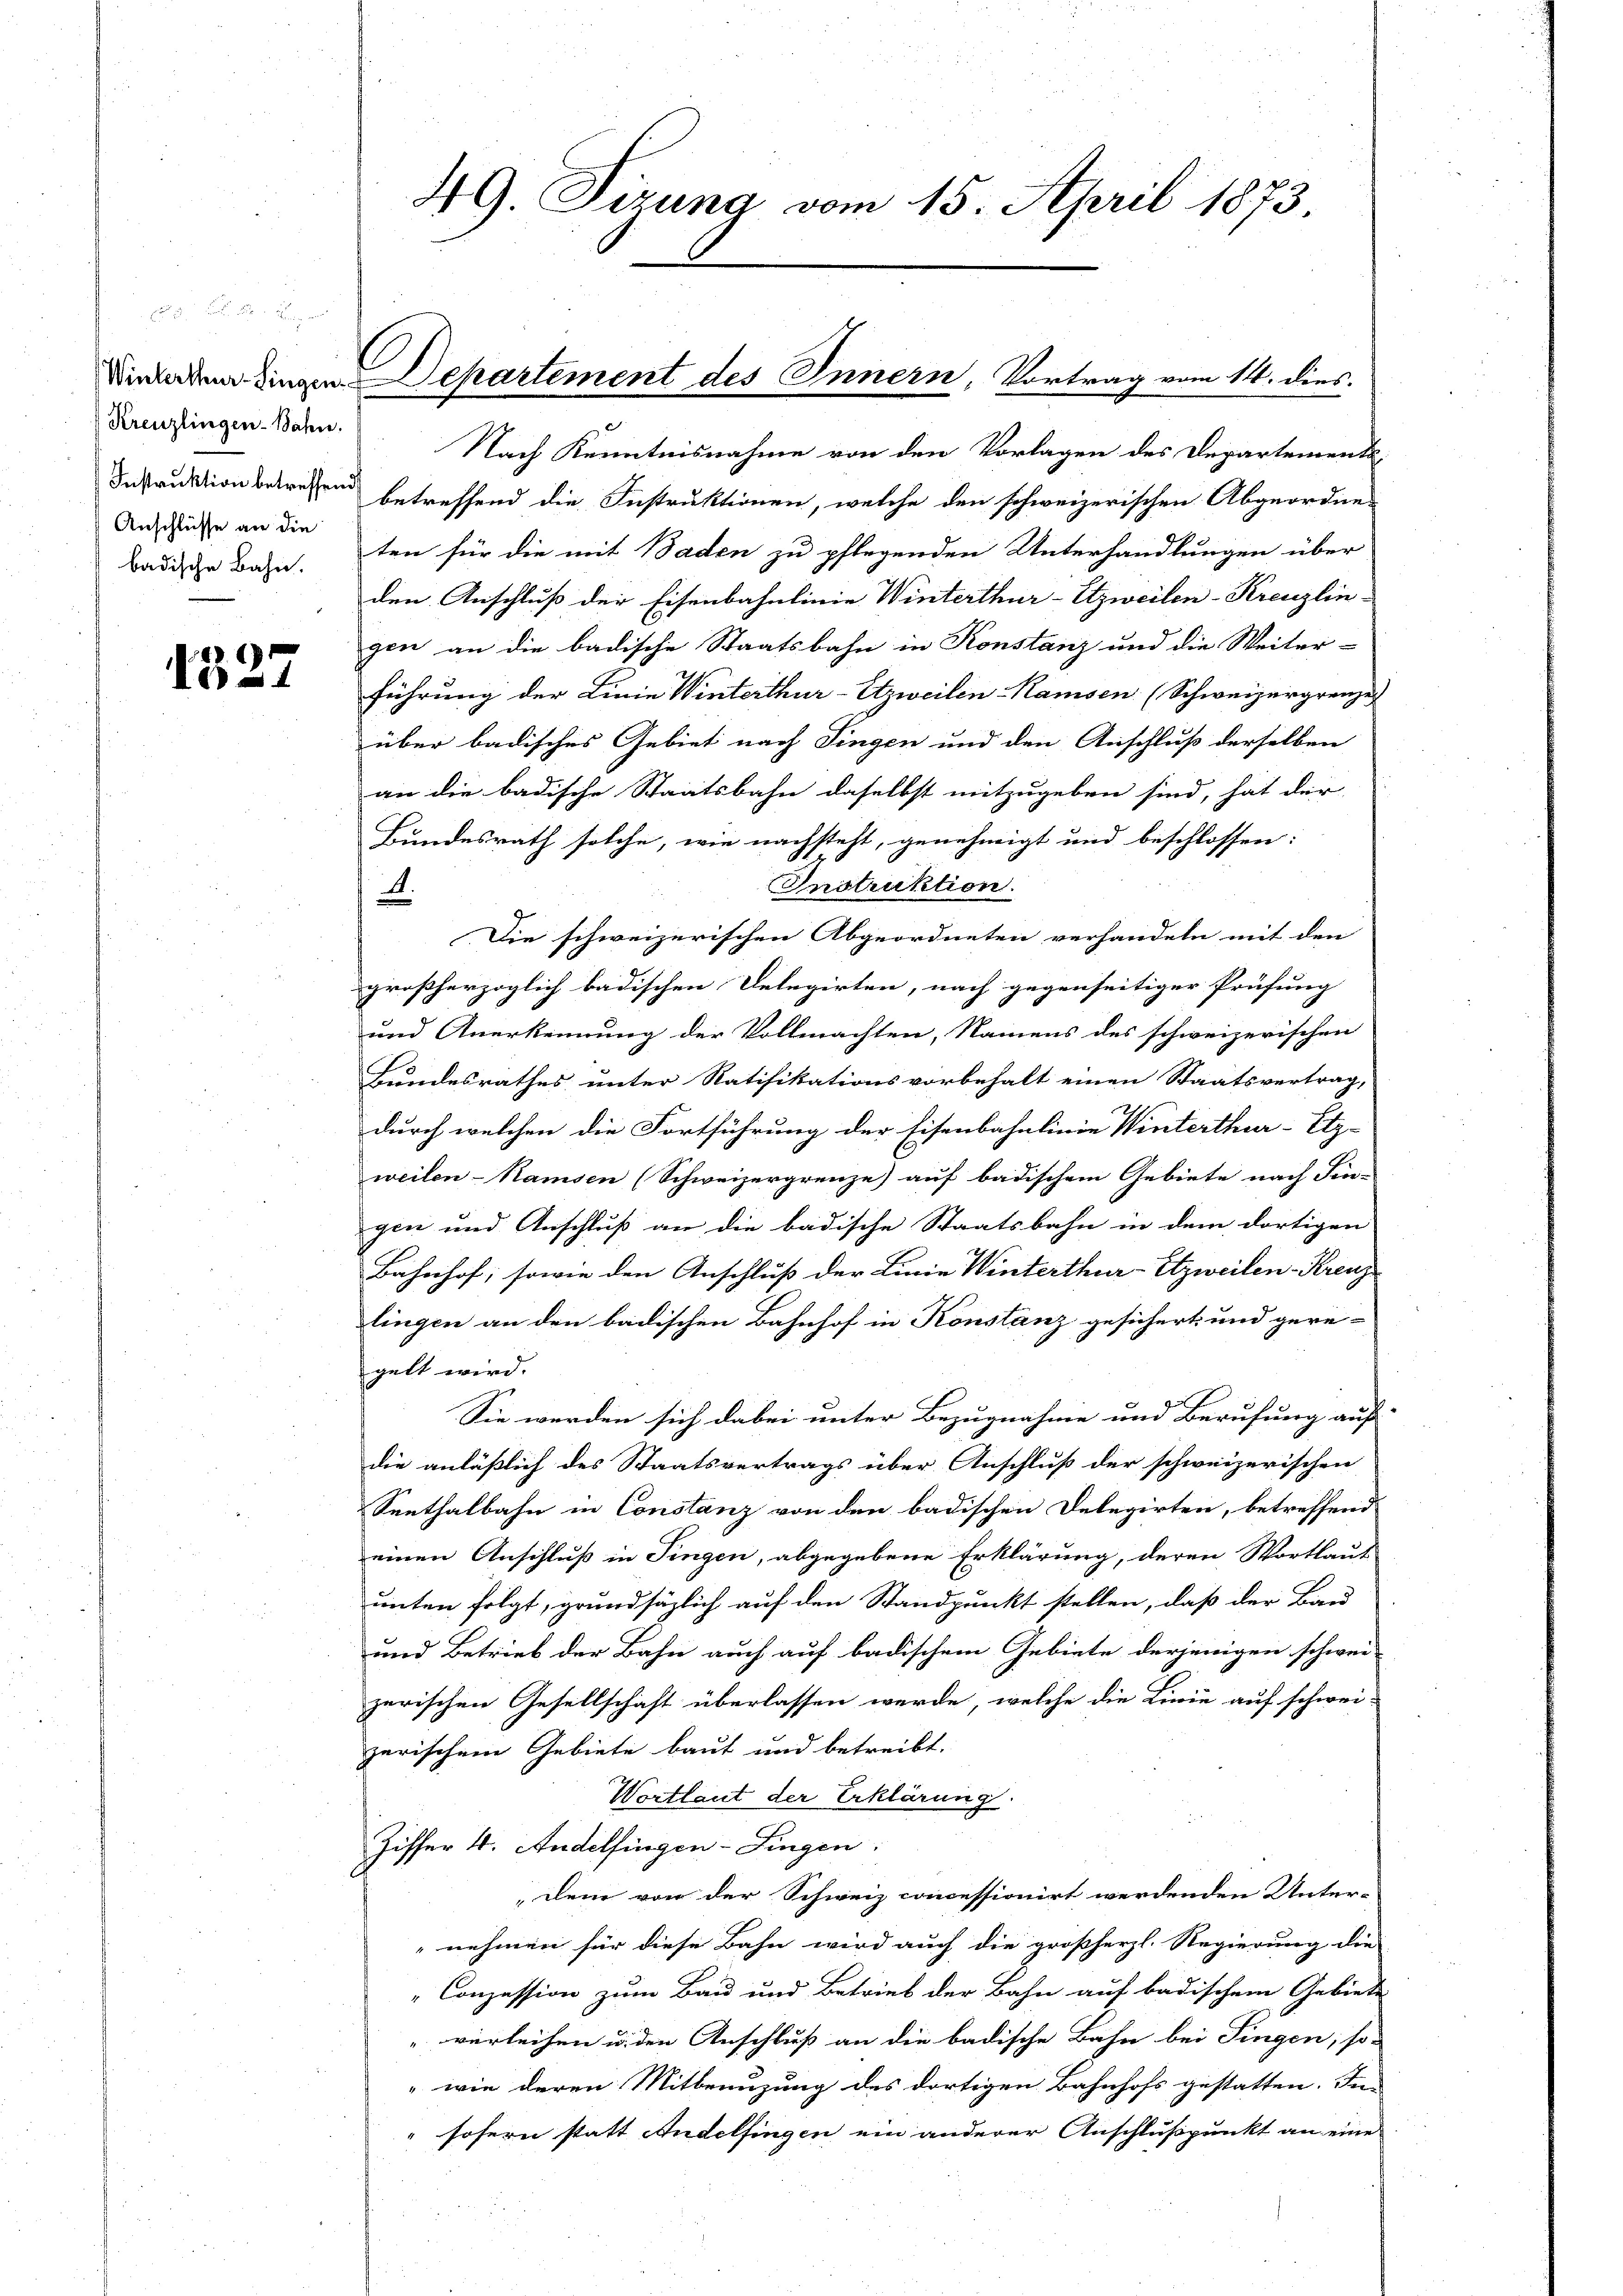
Kreuzlingen-Bahn.
Anschlüsse an die

1327

4G. Tizung vom 15. April 1873

Dinladen dingen Departement des Innern, Vortrag vom 14. dies

Nach Kenntnisnahme von den Vorlagen des Departements-
Instruktion betreten betreffend die Instruktionen, welche den schweizerischen Abgeordne-
badische Bahn. ten für die mit Baden zu pflegenden Unterhandlungen über
den Anschluß der Eisenbahnlinie Winterthur-Etzweilen-Kreuzlin-
gen an die badische Staatsbahn in Konstanz und die Weiter-
führung der Linie Winterthur-Etzweilen-Kamsen (Schweizergrenze
über badisches Gebiet nach Fingen und den Anschluß derselben
an die badische Staatsbahn daselbst mitzugeben sind, hat der
Bundesrath solche, wie nachsteht, genehmigt und beschlossen:
Instruktion.
A.
Die schweizerischen Abgeordneten verhandeln mit den |
großherzoglich badischen Delegirten, nach gegenseitiger Prüfung
und Anerkennung der Vollmachten, Namens des schweizerischen
Bundesrathes unter Ratifikationsvorbehalt einen Staatsvertrag,
durch welchen die Fortführung der Eisenbahnlinie Winterthur-Etz-
weilen-Kamsen (Schweizergrenze) auf badischem Gebiete nach Sin-
gen und Anschluß an die badische Staatsbahn in dem dortigen
Bahnhof, sowie den Anschluß der Linie Winterthur-Etzweilen-Kreuz
lingen an den badischen Bahnhof in Konstanz gesichert und geregelt wird.
Sie werden sich dabei unter Bezugnahme und Berufung auf-
die anläßlich des Staatsvertrags über Anschluß der schweizerischen
Senthalbahn in Constanz von den badischen Delegirten, betreffend
einen Anschluß in Fingen, abgegebene Erklärung, deren Wortlaut
unten folgt, grundsätzlich auf den Standpunkt stellen, daß der Bau
und Betrieb der Bahn auch auf badischem Gebiete derjenigen schwei-
zerischen Gesellschaft überlassen werde, welche die Linie auf schweizerischem Gebiete baut und betreibt.
Wortlaut der Erklärung
Ziffer 4. Andelfingen-Fingen.
dem von der Schweiz concessionirt werdenden Unter-
nehmen für diese Bahn wird auch die großherzl. Regierung die
"Conzession zum Bau und Betrieb der Bahn auf badischem Gebiete
"verleihen u. den Anschluß an die badische Bahn bei Fingen, so |
" wie deren Mitbenuzung des dortigen Bahnhofs gestatten. In
sofern statt Andelfingen ein anderer Anschlußspunkt an eine